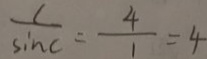
\frac { c } { \sin C } = \frac { 4 } { 1 } = 4